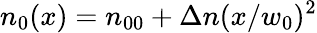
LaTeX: n_{0}(x)=n_{00}+\Delta n(x/w_{0})^{2}